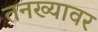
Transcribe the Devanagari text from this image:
तनख्यावर